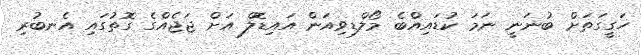
ހަގީގަތަށް ބުނަނީ ނަމަ ކުޑައިއްބެ މޯލްޑިވިއަން އައިޑޮލް އަށް ޖަޖެއްގެ ގޮތުގައި އެނބުރި